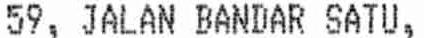
59, JALAN BANDAR SATU,